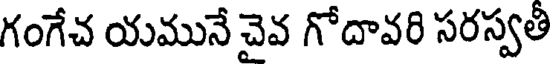
గంగేచ యమునే చైవ గోదావరి సరస్వతీ